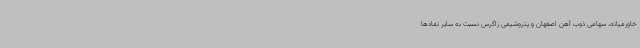
خاورمیانه، سهامی ذوب آهن اصفهان و پتروشیمی زاگرس نسبت به سایر نمادها